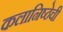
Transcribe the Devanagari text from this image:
कलानिष्ठेची